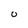
Character: 0